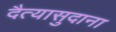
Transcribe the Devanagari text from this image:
दैत्‍यासुदाना